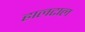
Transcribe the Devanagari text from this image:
हालटाल